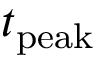
t _ { \mathrm { p e a k } }